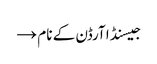
جیسنڈا آرڈن کے نام →